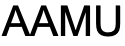
AAMU